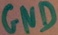
Text: GND